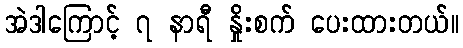
အဲဒါကြောင့် ၇ နာရီ နှိုးစက် ပေးထားတယ်။